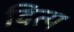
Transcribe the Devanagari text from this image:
दित्य